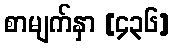
စာမျက်နှာ [၄၃၆]